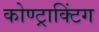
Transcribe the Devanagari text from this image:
कोण्ट्राक्टिंग